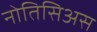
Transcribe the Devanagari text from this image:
नोतिसिअस